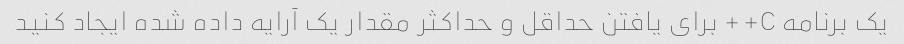
یک برنامه C++ برای یافتن حداقل و حداکثر مقدار یک آرایه داده شده ایجاد کنید